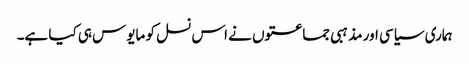
ہماری سیاسی اور مذہبی جماعتوں نے اس نسل کو مایوس ہی کیا ہے۔